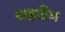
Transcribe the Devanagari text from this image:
शहरीय